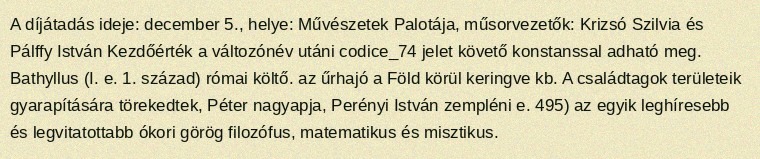
A díjátadás ideje: december 5., helye: Művészetek Palotája, műsorvezetők: Krizsó Szilvia és Pálffy István Kezdőérték a változónév utáni codice_74 jelet követő konstanssal adható meg. Bathyllus (I. e. 1. század) római költő. az űrhajó a Föld körül keringve kb. A családtagok területeik gyarapítására törekedtek, Péter nagyapja, Perényi István zempléni e. 495) az egyik leghíresebb és legvitatottabb ókori görög filozófus, matematikus és misztikus.